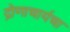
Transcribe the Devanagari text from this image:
द्रोणाचार्यचा